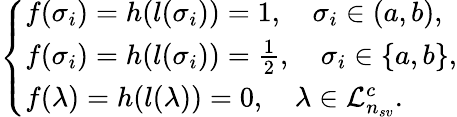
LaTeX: \left\{ \begin{array}{ll}{f(\sigma_{i})=h(l(\sigma_{i}))=1,\quad\sigma_{i}\in(a,b),}\\ {f(\sigma_{i})=h(l(\sigma_{i}))=\frac{1}{2},\quad\sigma_{i}\in\{ a,b\} ,}\\ {f(\lambda)=h(l(\lambda))=0,\quad\lambda\in\mathcal{L}_{n_{sv}}^{c}.}\end{array}\right.